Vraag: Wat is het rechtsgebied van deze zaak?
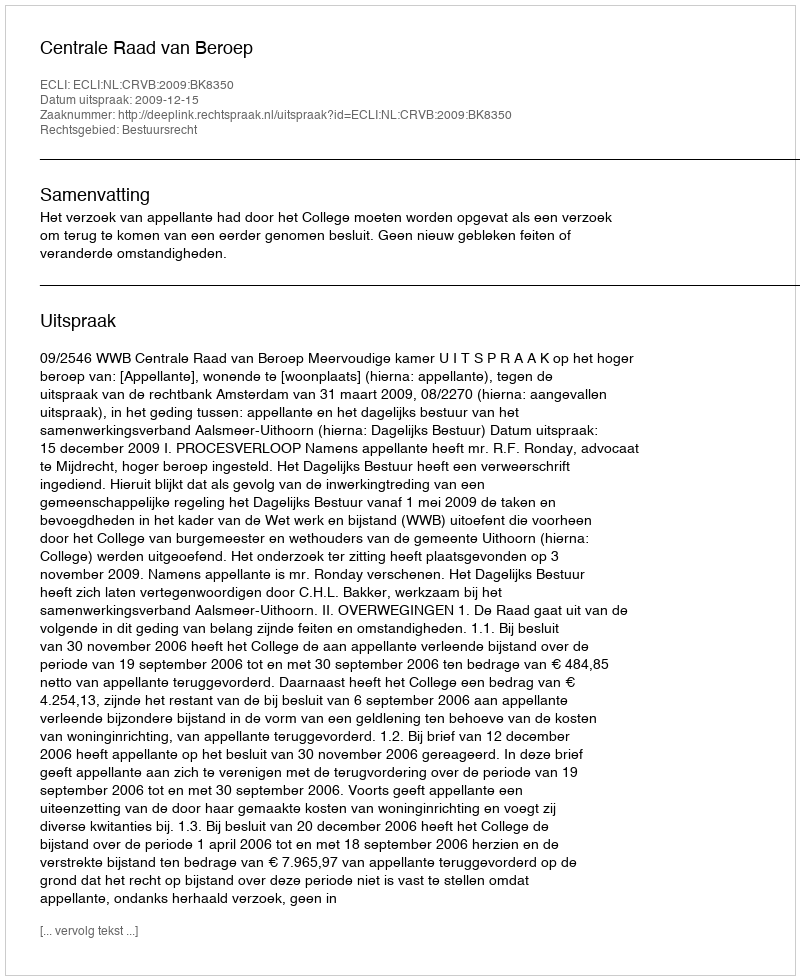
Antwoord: Bestuursrecht